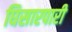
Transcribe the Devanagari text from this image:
घिसारपारी